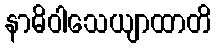
နာဓိဝါသေယျာထာတိ